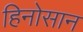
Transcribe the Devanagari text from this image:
हिनोसान